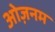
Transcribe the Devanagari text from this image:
ओज़नम